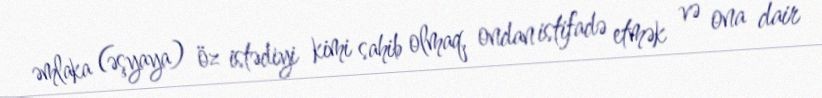
əmlaka (əşyaya) öz istədiyi kimi sahib olmaq, ondan istifadə etmək və ona dair